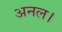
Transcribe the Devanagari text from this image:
अनल।